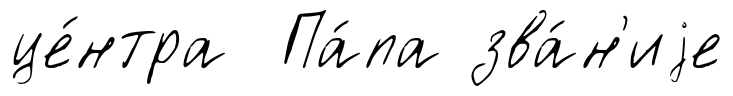
це́нтра Па́па зва́н'иjе